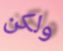
ولكن